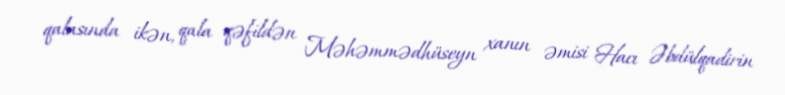
qalasında ikən, qala qəfildən Məhəmmədhüseyn xanın əmisi Hacı Əbdülqadirin